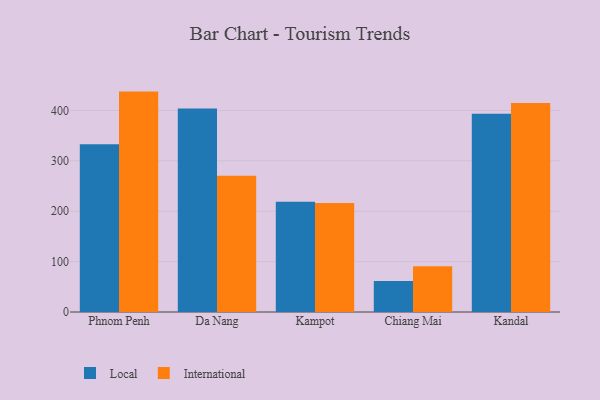
{"axis": {"x": "City", "y": "Energy Usage (MWh)"}, "legend": ["International", "Local"], "data": [{"x": "Phnom Penh", "y": 333.1, "type": "Local"}, {"x": "Phnom Penh", "y": 437.5, "type": "International"}, {"x": "Da Nang", "y": 404.0, "type": "Local"}, {"x": "Da Nang", "y": 270.3, "type": "International"}, {"x": "Kampot", "y": 218.9, "type": "Local"}, {"x": "Kampot", "y": 216.2, "type": "International"}, {"x": "Chiang Mai", "y": 61.4, "type": "Local"}, {"x": "Chiang Mai", "y": 91.0, "type": "International"}, {"x": "Kandal", "y": 393.3, "type": "Local"}, {"x": "Kandal", "y": 414.8, "type": "International"}]}